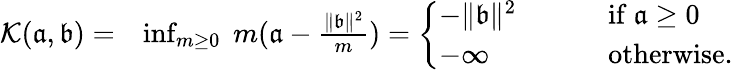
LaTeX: \begin{array}{rl}{{\mathcal K}(\mathfrak{a},\mathfrak{b})=}&{\operatorname*{inf}_{m\geq 0}\; m(\mathfrak{a}-\frac{\| \mathfrak{b}\| ^{2}}{m})=\left\{ \begin{array}{ll}{-\| \mathfrak{b}\| ^{2}\quad\quad}&{\mathrm{~if~}\mathfrak{a}\geq 0}\\ {-\infty\quad}&{\mathrm{~otherwise.~}}\end{array}\right.}\end{array}